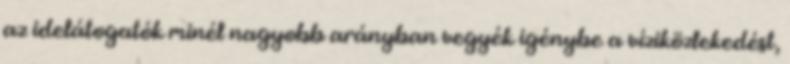
az idelátogatók minél nagyobb arányban vegyék igénybe a víziközlekedést,